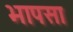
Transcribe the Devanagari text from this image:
भापसा